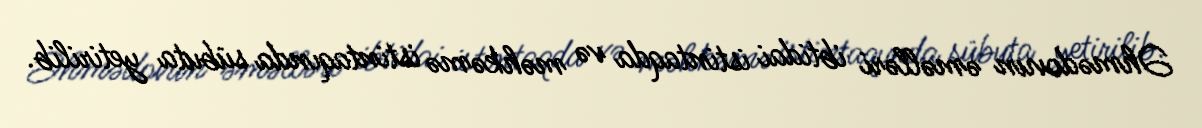
Əhmədovun əməlləri ibtidai istintaqda və məhkəmə istintaqında sübuta yetirilib.